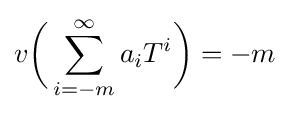
v{\biggl (}\sum _{i=-m}^{\infty }a_{i}T^{i}{\biggr )}=-m